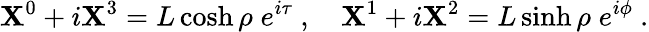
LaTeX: \mathbf{X}^{0}+i\mathbf{X}^{3}=L\cosh\rho\; e^{i\tau}\ ,\quad\mathbf{X}^{1}+i\mathbf{X}^{2}=L\sinh\rho\; e^{i\phi}\ .